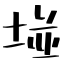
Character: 𡌶